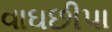
વાઘછીપા